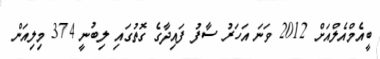
ބީއެމްއެލްއަށް 2012 ވަނަ އަހަރު ސާފު ފައިދާގެ ގޮތުގައި ލިބުނީ 374 މިލިއަން